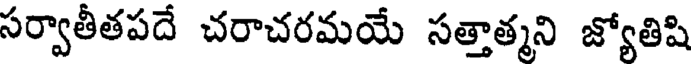
సర్వాతీతపదే చరాచరమయే సత్తాత్మని జ్యోతిషి